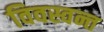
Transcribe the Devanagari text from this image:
विवस्वन्त